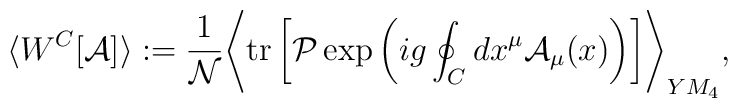
\langle W^C [{\cal A}] \rangle :=  {1 \over {\cal N}}\Biggr\langle {\rm tr} \left[ {\cal P}  \exp \left( i g \oint_C dx^\mu {\cal A}_\mu(x) \right) \right] \Biggr\rangle_{YM_4} ,